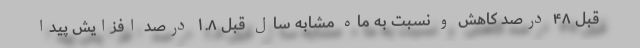
قبل ۴۸ درصد کاهش و نسبت به ماه مشابه سال قبل ۱.۸ درصد افزایش پیدا